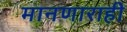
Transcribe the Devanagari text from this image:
मानणाराही